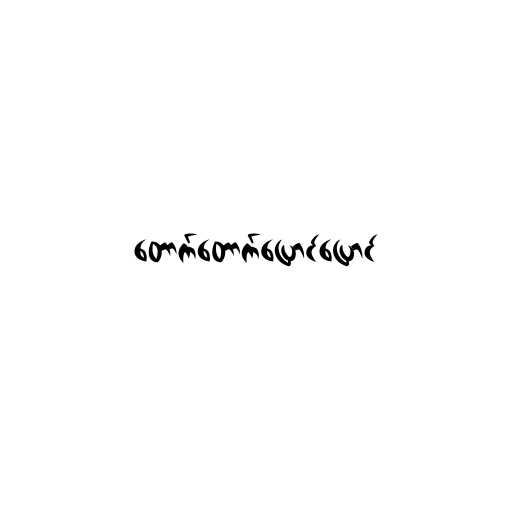
တောက်တောက်ပြောင်ပြောင်